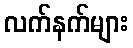
လက်နက်များ